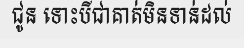
ជូន ទោះបីជាគាត់មិនទាន់ដល់